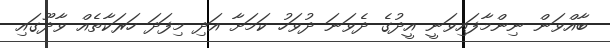
ބާއްވަން ނިންމާފައިވަނީ އީދުގެ ދެވަނަ ދުވަހު ކަމަށާ އަދި މިފަދަ ހަރަކާތެއް ވާދޫގައި